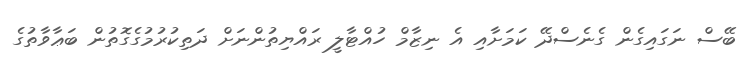
ބޭސް ނަގައިގެން ގެނެސްދޭ ކަމަށާއި އެ ނިޒާމް ހުއްޓާލީ ރައްޔިތުންނަށް ދަތިކުރުމުގެގޮތުން ބަޢާވާތުގެ